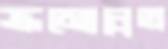
ক্রমোন্নত